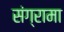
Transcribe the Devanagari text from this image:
संग्रामा